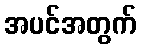
အပင်အတွက်